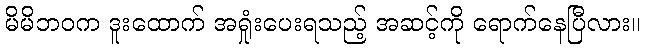
မိမိဘဝက ဒူးထောက် အရှုံးပေးရသည့် အဆင့်ကို ရောက်နေပြီလား။